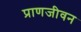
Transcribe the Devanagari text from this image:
प्राणजीवन